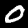
Label: 0